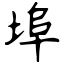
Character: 埠